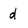
Character: d